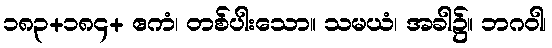
၁၈၃+၁၈၄+ ဧကံ၊ တစ်ပါးသော။ သမယံ၊ အခါ၌။ ဘဂဝါ၊